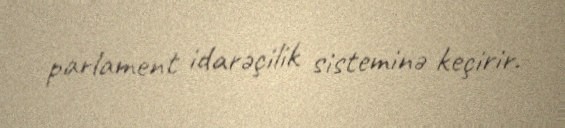
parlament idarəçilik sisteminə keçirir.